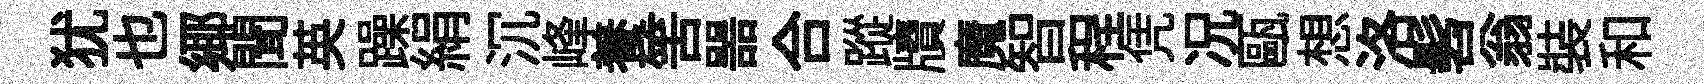
犹也鄊聞英躁絹沉峰養筈噐合蹤牘魔智程凭况甌想洛髫翁裝和